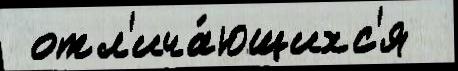
 отл'ича́ющихс'я